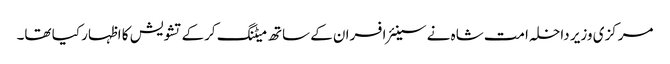
مرکزی وزیر داخلہ امت شاہ نے سینئر افسران کے ساتھ میٹنگ کرکے تشویش کا اظہار کیا تھا۔